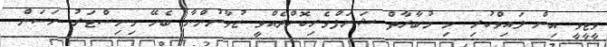
ވީޓީވީ އިން ލައިވްކުރި މި މުބާރާތް ޝަރަފްވެރިކޮށްދެއްވީ ޒުވާނުންނާ ބެހޭ މިނިސްޓަރު ހަސަން